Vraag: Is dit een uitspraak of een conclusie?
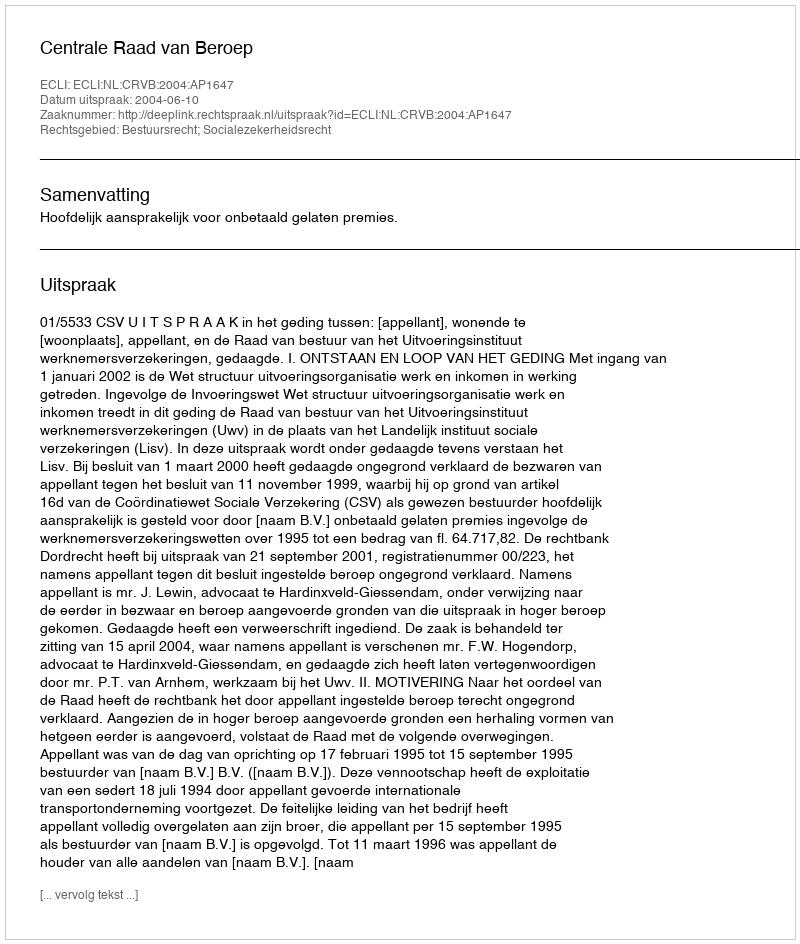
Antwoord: Uitspraak